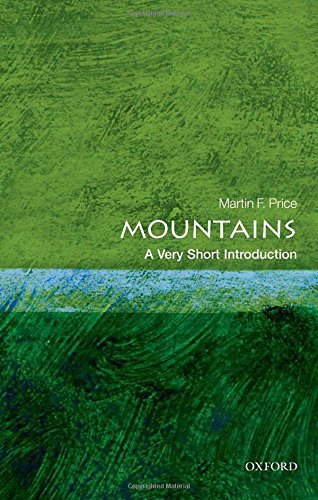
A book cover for Mountains: A Very Short Introduction (Very Short Introductions); Martin Price; Science & Math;